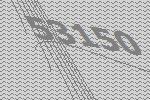
53150